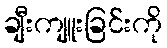
ချီးကျူးခြင်းကို